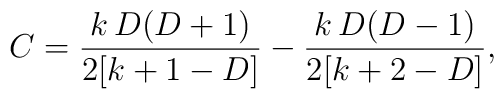
C=\frac{k\,  D(D+1)}{2[k +1-D]}-\frac{k\,  D(D-1)}{2[k+2-D]},